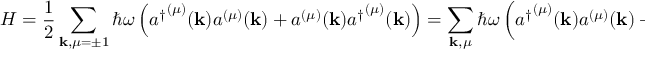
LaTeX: H = { \frac { 1 } { 2 } } \sum _ { \mathbf { k } , \mu = \pm 1 } \hbar \omega \left( { a ^ { \dagger } } ^ { ( \mu ) } ( \mathbf { k } ) a ^ { ( \mu ) } ( \mathbf { k } ) + a ^ { ( \mu ) } ( \mathbf { k } ) { a ^ { \dagger } } ^ { ( \mu ) } ( \mathbf { k } ) \right) = \sum _ { \mathbf { k } , \mu } \hbar \omega \left( { a ^ { \dagger } } ^ { ( \mu ) } ( \mathbf { k } ) a ^ { ( \mu ) } ( \mathbf { k } ) + { \frac { 1 } { 2 } } \right)